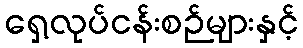
ရှေ့လုပ်ငန်းစဉ်များနှင့်